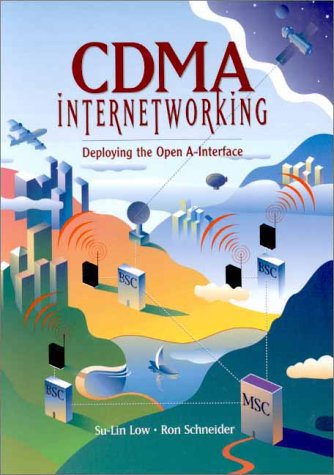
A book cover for CDMA Internetworking: Deploying the Open A-Interface; Su-Lin Low; Computers & Technology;